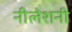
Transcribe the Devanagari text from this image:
नीलेशनी